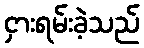
ငှားရမ်းခဲ့သည်